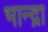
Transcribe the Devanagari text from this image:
भान्द्रा